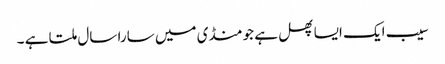
سیب ایک ایسا پھل ہے جو منڈی میں سارا سال ملتا ہے ۔